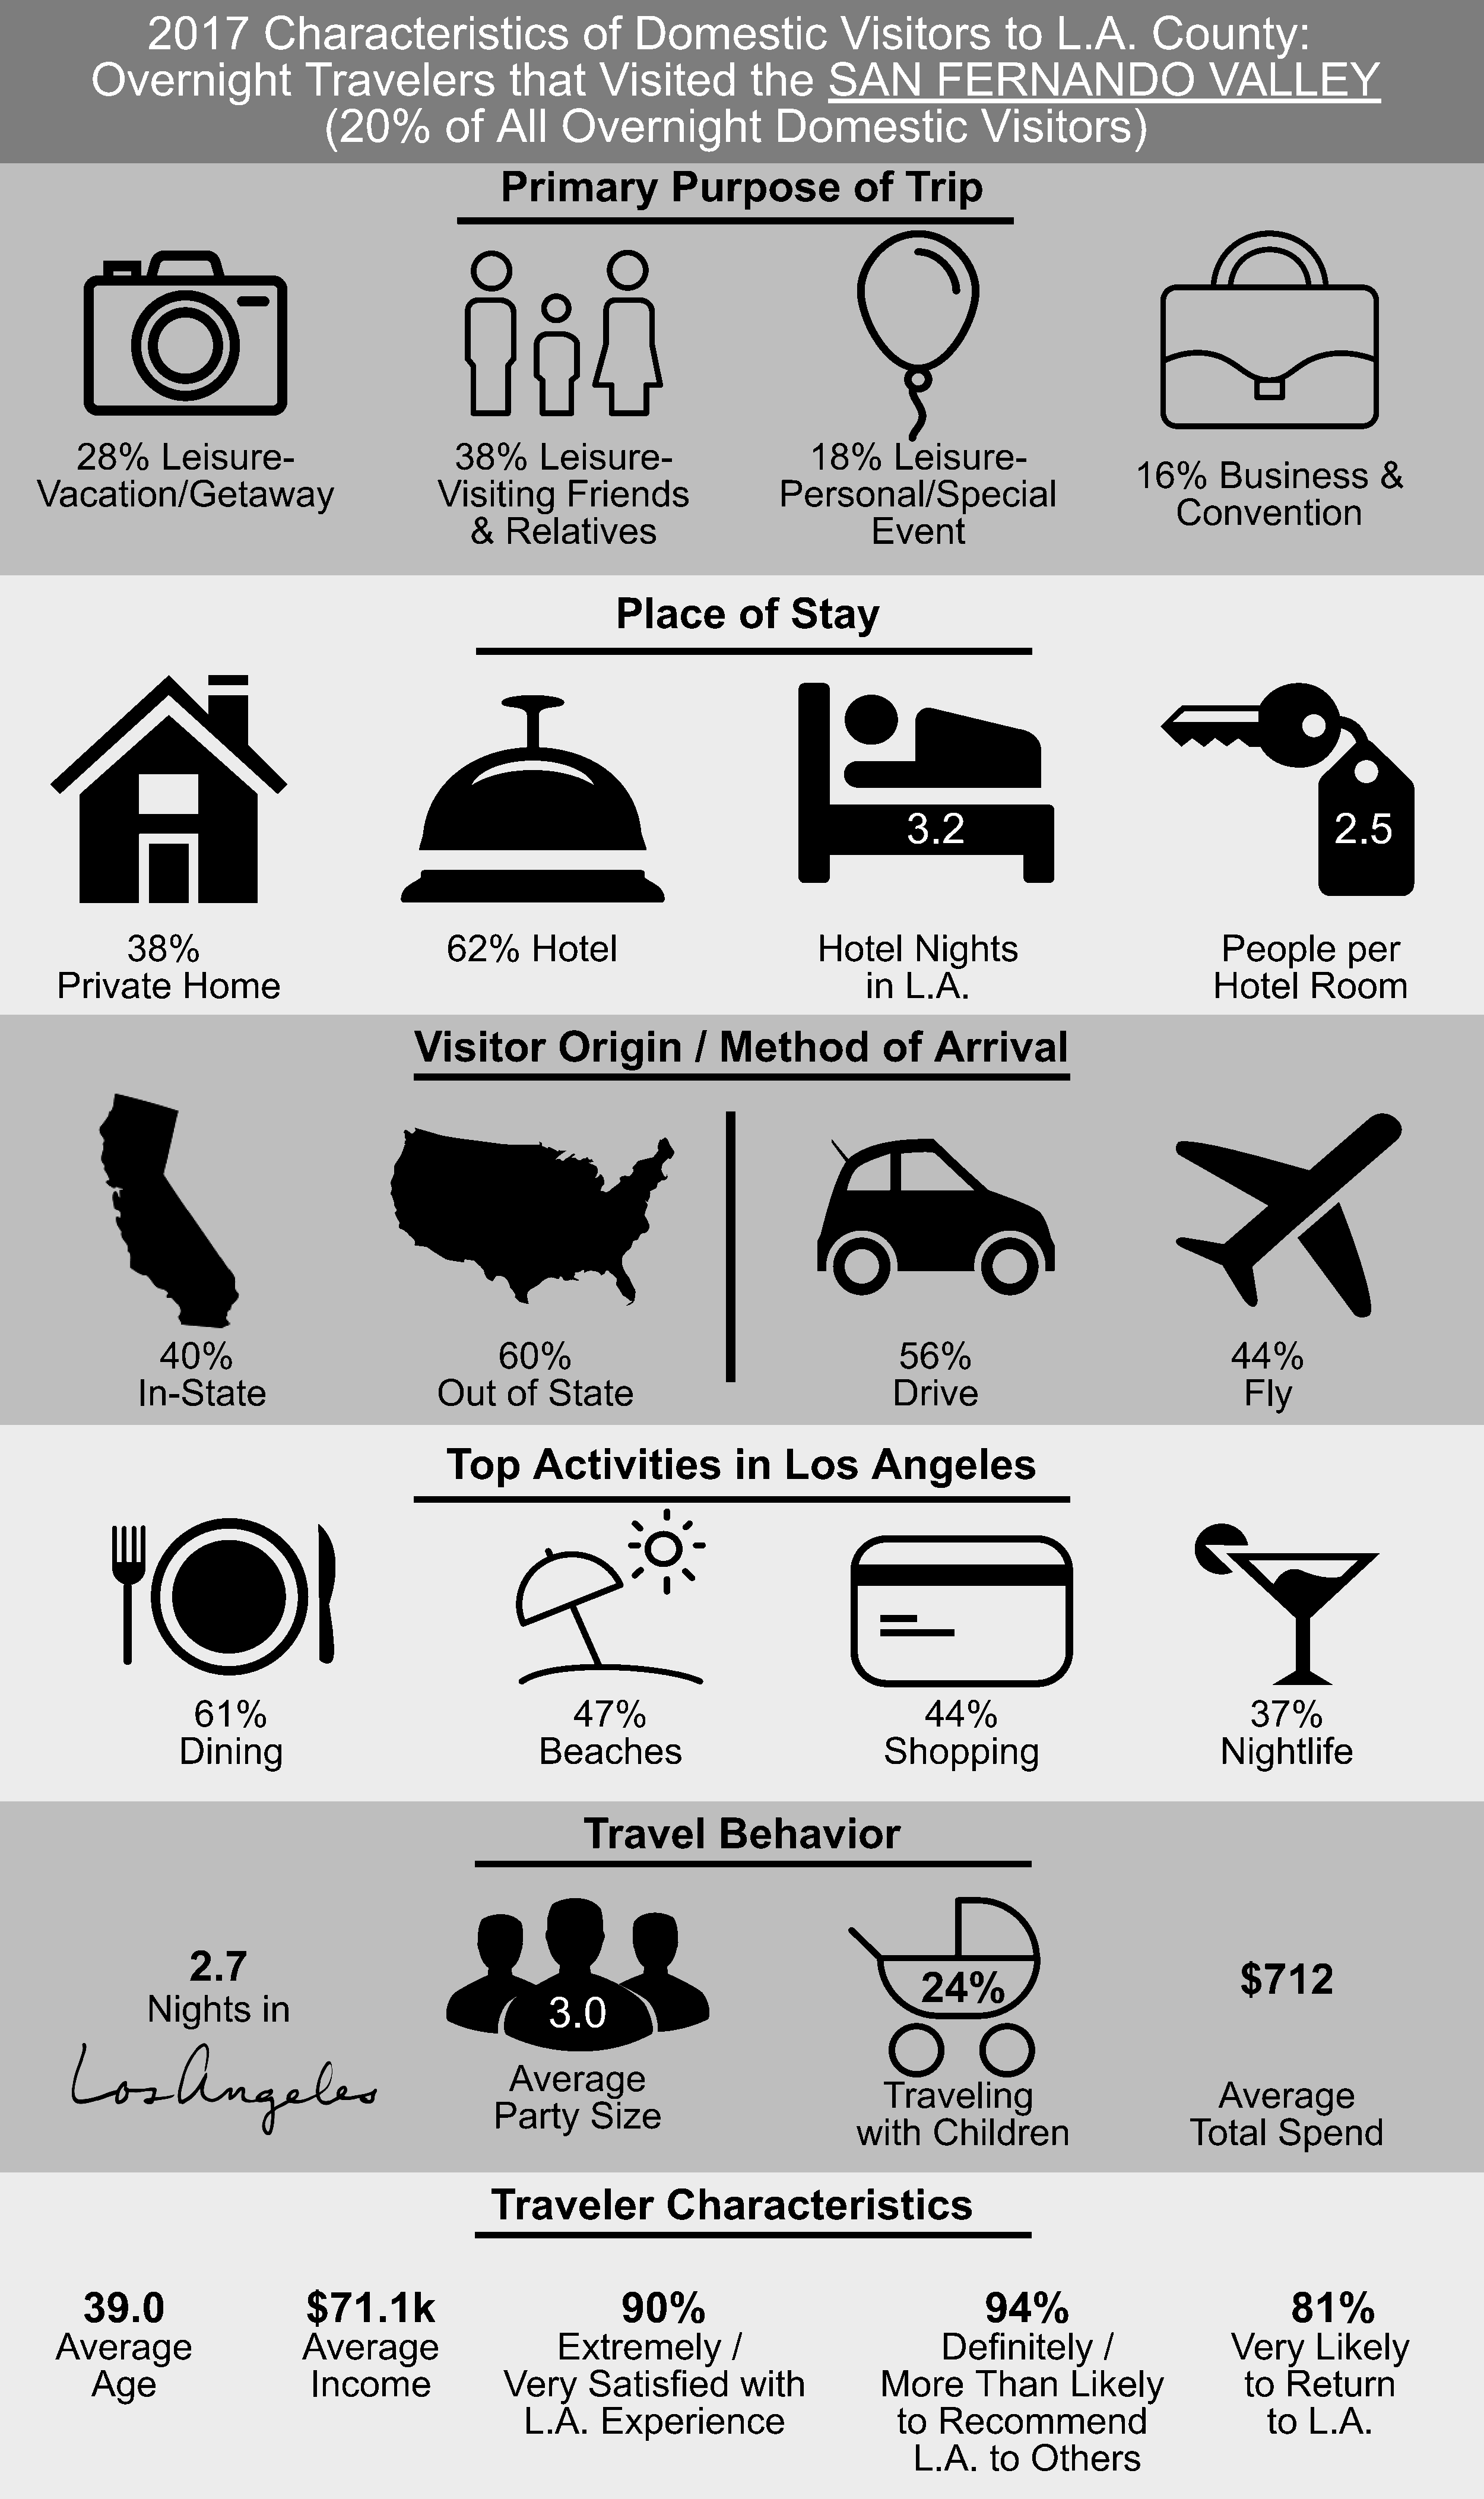
2017         Characteristics                     of    Domestic               Visitors          to    L.A.      County:
 Overnight               Travelers              that      Visited          the     SAN         FERNANDO                       VALLEY
 (20%          of   All     Overnight              Domestic               Visitors)
 Primary            Purpose             of    Trip
 28%      Leisure-                         38%      Leisure-                      18%       Leisure-
 16%      Business          &
 Vacation/Getaway                             Visiting      Friends                 Personal/Special
 Convention
 &   Relatives                                Event
 Place        of    Stay
 3.2                                             2.5
 38%                                 62%      Hotel                           Hotel      Nights                            People        per
 Private       Home                                                                         in  L.A.                              Hotel      Room
 Visitor         Origin          / Method            of    Arrival
 40%                                   60%                                         56%                                  44%
 In-State                          Out     of  State                                  Drive                                  Fly
 Top      Activities             in   Los       Angeles
 61%                                       47%                                    44%                                 37%
 Dining                                  Beaches                                Shopping                             Nightlife
 Travel         Behavior
 2.7
 $712
 24%
 Nights       in                              3.0
 Average
 Traveling                             Average
 Party      Size
 with    Children                     Total     Spend
 Traveler           Characteristics
 39.0                     $71.1k                             90%                                      94%                               81%
 Averag       e              Average                     Extremely           /                      Definitel      y  /             Very      Like   ly
 Age                      Income               Very      Satisfied        with           More       Than      Likely              to  Return
 L.A.     Experience                       to   Recommend                           to   L.A.
 L.A.    to   Others